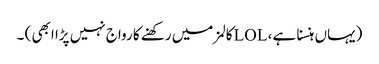
(یہاں ہنسنا ہے ، LOLکالمز میں رکھنے کا رواج نہیں پڑا ابھی ) ۔